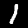
Label: 1